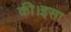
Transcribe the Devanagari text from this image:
की।इसा